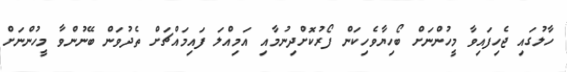
ހާލުގައި ޖެހިފައިވާާ މީހުންނަށް ބޯހިޔާވެހިކަން ފޯރުކޮށްދިނުމާއި އަމިއްލަ ފައިމައްޗަށް ތެދުވަން ބޭޭނުންވާ މީހުންނަށް